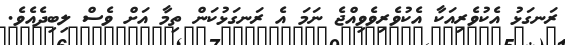
ރަނގަޅު އެކުވެރިއަކާ އެކުވެރިވެވިއްޖެ ނަމަ އެ ރަނގަޅުކަން ތިމާ އަށް ވެސް ލިބިދެއެވެ.